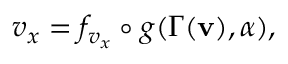
v _ { x } = f _ { v _ { x } } \circ g ( \Gamma ( \mathbf { v } ) , \alpha ) ,